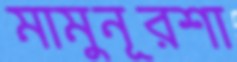
মামুনূরশা